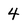
Character: 4